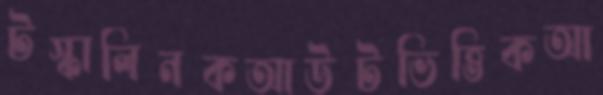
টস্‌কালিনকআউটভিত্তিকআ